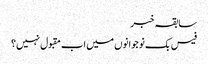
سابقہ خبر
فیس بک نوجوانوں میں اب مقبول نہیں؟